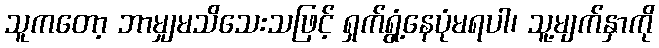
သူကတော့ ဘာမျှမသိသေးသဖြင့် ရှက်ရွံ့နေပုံမရပါ၊ သူ့မျက်နှာကို